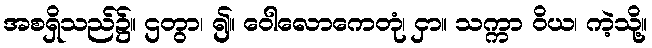
အစရှိသည်၌။ ဌတွာ၊ ၍။ ဝေါလောကေတုံ၊ ငှာ။ သက္ကာ ဝိယ၊ ကဲ့သို့။